Annual report of the Punjab Veterinary College and of the Civil Veterinary Department, Punjab - 1926-1932
Year: 1926
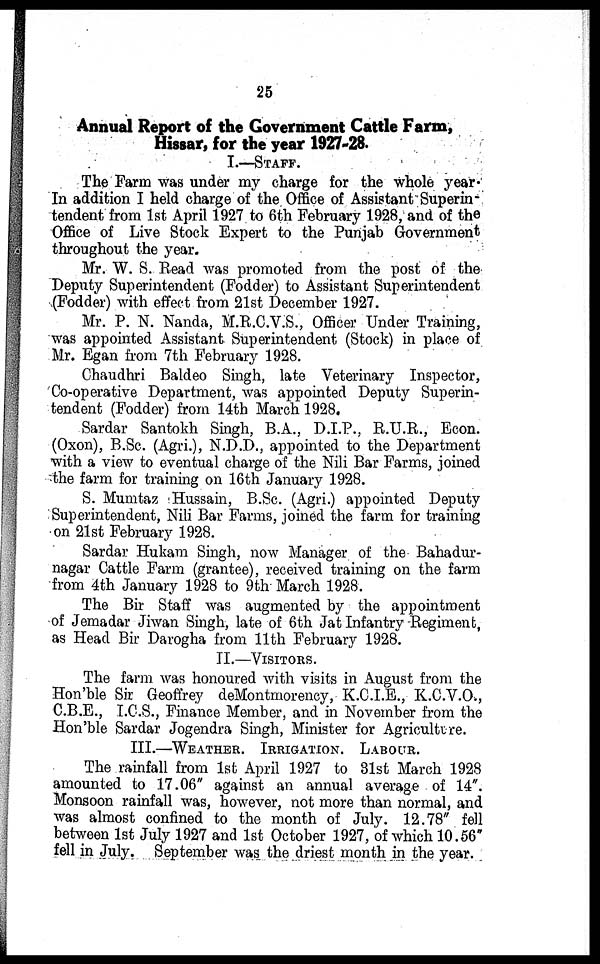
25
Annual Report of the Government Cattle Farm,
Hissar, for the year 1927-28.
I.—STAFF.
The Farm was under my charge for the whole year.
In addition I held charge of the Office of Assistant Superin-
tendent from 1st April 1927 to 6th February 1928, and of the
Office of Live Stock Expert to the Punjab Government
throughout the year.
Mr. W. S. Read was promoted from the post of the
Deputy Superintendent (Fodder) to Assistant Superintendent
(Fodder) with effect from 21st December 1927.
Mr. P. N. Nanda, M.R.C.V.S., Officer Under Training,
was appointed Assistant Superintendent (Stock) in place of
Mr. Egan from 7th February 1928.
Chaudhri Baldeo Singh, late Veterinary Inspector,
Co-operative Department, was appointed Deputy Superin-
tendent (Fodder) from 14th March 1928.
Sardar Santokh Singh, B.A., D.I.P., R.U.R., Econ.
(Oxon), B.Sc. (Agri.), N.D.D., appointed to the Department
with a view to eventual charge of the Nili Bar Farms, joined
the farm for training on 16th January 1928.
S. Mumtaz Hussain, B.Sc. (Agri.) appointed Deputy
Superintendent, Nili Bar Farms, joined the farm for training
on 21st February 1928.
Sardar Hukam Singh, now Manager of the Bahadur-
nagar Cattle Farm (grantee), received training on the farm
from 4th January 1928 to 9th March 1928.
The Bir Staff was augmented by the appointment
of Jemadar Jiwan Singh, late of 6th Jat Infantry Regiment,
as Head Bir Darogha from 11th February 1928.
II.—VISITORS.
The farm was honoured with visits in August from the
Hon'ble Sir Geoffrey deMontmorency, K.C.I.E., K.C.V.O.,
C.B.E., I.C.S., Finance Member, and in November from the
Hon'ble Sardar Jogendra Singh, Minister for Agriculture.
III.—WEATHER. IRRIGATION. LABOUR.
The rainfall from 1st April 1927 to 31st March 1928
amounted to 17.06" against an annual average of 14".
Monsoon rainfall was, however, not more than normal, and
was almost confined to the month of July. 12.78" fell
between 1st July 1927 and 1st October 1927, of which 10.56"
fell in July. September was the driest month in the year.